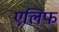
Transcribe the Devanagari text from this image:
एलिफ